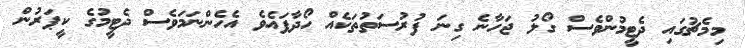
މިމެޗުގައި ދެޓީމުންވެސް ގޯލު ޖަހާނެ ގިނަ ފުރުސަތުތަކެއް ހޯދާފައެވެ އެހެންނަމަވެސް ދެޓީމުގެ ކީޕަރުން